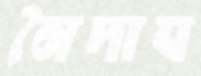
নৈদাঘ